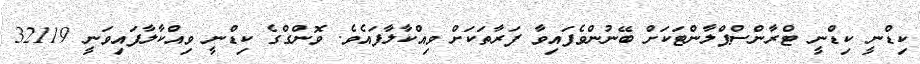
ކިޑްނީ ކިޑްނީ ޓްރާންސްޕްލާންޓަކަށް ބޭނުންވެފައިވާ ފަރާތަކަށް ވިއްކާލާފައެވެ. ވޮންގްގެ ކިޑްނީ ވިއްކާލާފައިވަނީ 32119